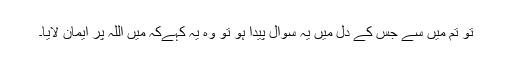
تو تم میں سے جس کے دل میں یہ سوال پیدا ہو تو وہ یہ کہےکہ ميں اللہ پر ایمان لایا۔